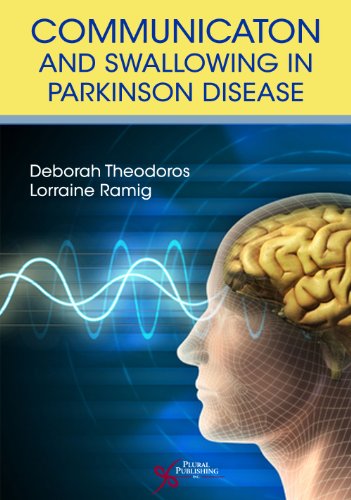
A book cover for Communication and Swallowing in Parkinson Disease; Deborah Theodoros; Health, Fitness & Dieting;